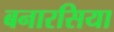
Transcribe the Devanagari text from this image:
बनारसिया